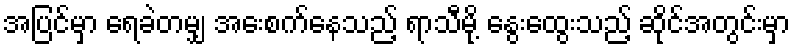
အပြင်မှာ ရေခဲတမျှ အေးစက်နေသည့် ရာသီမို့ နွေးထွေးသည့် ဆိုင်အတွင်းမှာ